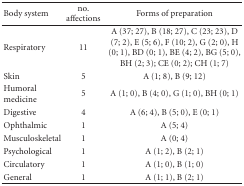
<table><thead><tr><td><b>Body system</b></td><td><b>no. affections</b></td><td><b>Forms of preparation</b></td></tr></thead><tbody><tr><td>Respiratory</td><td>11</td><td>A (37; 27), B (18; 27), C (23; 23), D (7; 2), E (5; 6), F (10; 2), G (2; 0), H (0; 1), BD (0; 1), BE (4; 2), BG (5; 0), BH (2; 3); CE (0; 2); CH (1; 7)</td></tr><tr><td>Skin</td><td>5</td><td>A (1; 8), B (9; 12)</td></tr><tr><td>Humoral medicine</td><td>5</td><td>A (1; 0), B (4; 0), G (1; 0), BH (0; 1)</td></tr><tr><td>Digestive</td><td>4</td><td>A (6; 4), B (5; 0), E (0; 1)</td></tr><tr><td>Ophthalmic</td><td>1</td><td>A (5; 4)</td></tr><tr><td>Musculoskeletal</td><td>1</td><td>A (0; 4)</td></tr><tr><td>Psychological</td><td>1</td><td>A (1; 2), B (2; 1)</td></tr><tr><td>Circulatory</td><td>1</td><td>A (1; 0), B (1; 0)</td></tr><tr><td>General</td><td>1</td><td>A (1; 1), B (2; 1)</td></tr></tbody></table>